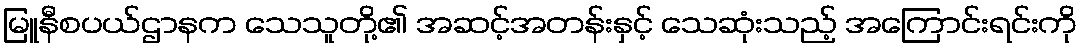
မြူနီစပယ်ဌာနက သေသူတို့၏ အဆင့်အတန်းနှင့် သေဆုံးသည့် အကြောင်းရင်းကို